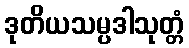
ဒုတိယသမ္ပဒါသုတ္တံ